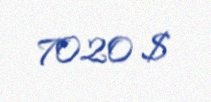
7020 $